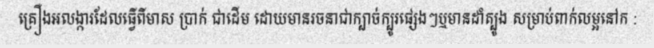
គ្រឿងអលង្ការដែលធ្វើពីមាស ប្រាក់ ជាដើម ដោយមានរចនាជាក្បាច់ក្បូរផ្សេងៗឬមានដាំត្បូង សម្រាប់ពាក់លម្អនៅក :